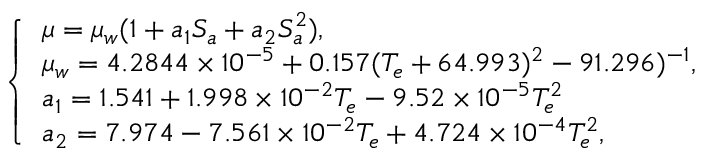
\left\{ \begin{array} { l } { \mu = \mu _ { w } ( 1 + a _ { 1 } S _ { a } + a _ { 2 } S _ { a } ^ { 2 } ) , } \\ { \mu _ { w } = 4 . 2 8 4 4 \times 1 0 ^ { - 5 } + 0 . 1 5 7 ( T _ { e } + 6 4 . 9 9 3 ) ^ { 2 } - 9 1 . 2 9 6 ) ^ { - 1 } , } \\ { a _ { 1 } = 1 . 5 4 1 + 1 . 9 9 8 \times 1 0 ^ { - 2 } T _ { e } - 9 . 5 2 \times 1 0 ^ { - 5 } T _ { e } ^ { 2 } } \\ { a _ { 2 } = 7 . 9 7 4 - 7 . 5 6 1 \times 1 0 ^ { - 2 } T _ { e } + 4 . 7 2 4 \times 1 0 ^ { - 4 } T _ { e } ^ { 2 } , } \end{array} \right.